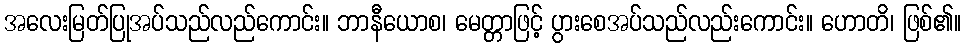
အလေးမြတ်ပြုအပ်သည်လည်ကောင်း။ ဘာနီယောစ၊ မေတ္တာဖြင့် ပွားစေအပ်သည်လည်းကောင်း။ ဟောတိ၊ ဖြစ်၏။